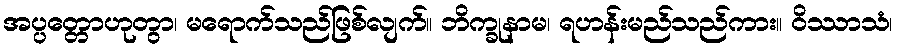
အပ္ပတ္တောဟုတွာ၊ မရောက်သည်ဖြစ်လျက်။ ဘိက္ခုနာမ၊ ရဟန်းမည်သည်ကား။ ဝိဿာသံ၊